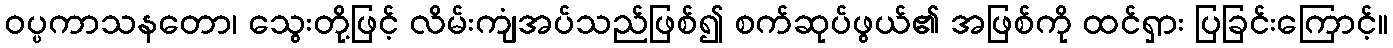
ဝပ္ပကာသနတော၊ သွေးတို့ဖြင့် လိမ်းကျံအပ်သည်ဖြစ်၍ စက်ဆုပ်ဖွယ်၏ အဖြစ်ကို ထင်ရှား ပြခြင်းကြောင့်။